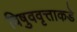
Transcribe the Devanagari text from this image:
विषुववृत्ताकडे